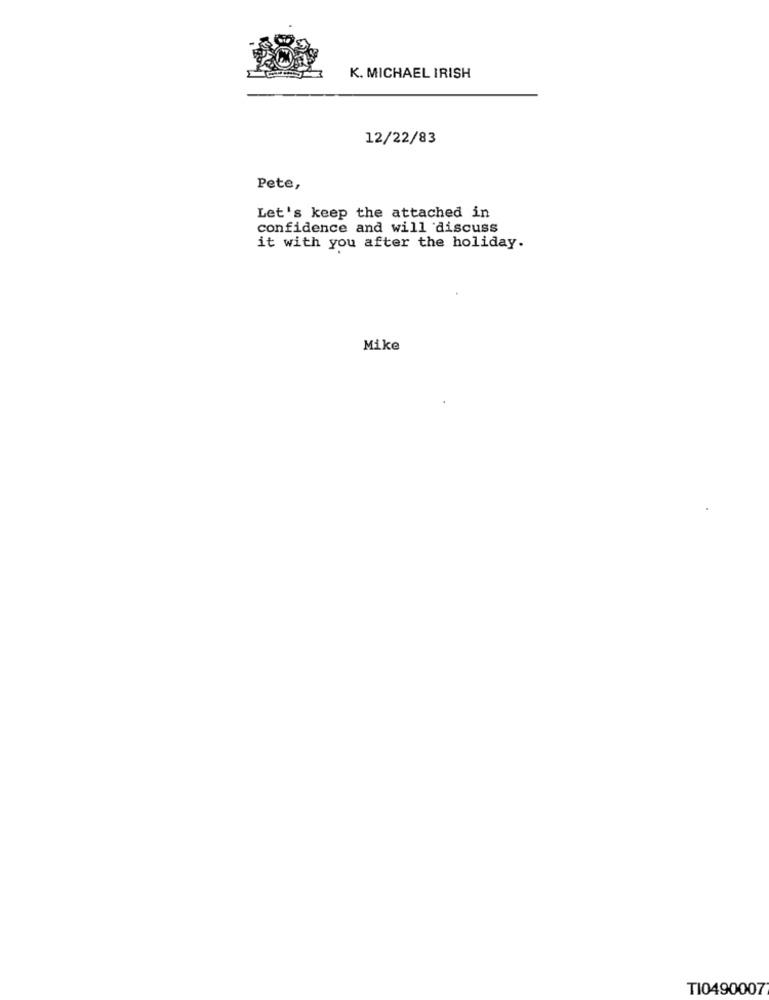
K. MICHAEL IRISH
12/22/83
Pete,
Let's keep the attached in
confidence and will discuss
it with you after the holiday.
Mike
TI0490007